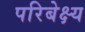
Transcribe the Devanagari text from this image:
परिबेक्ष्य